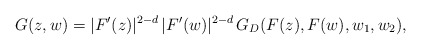
\begin{align*} G(z,w) = |F'(z)|^{2-d} \, |F'(w)|^{2-d} \, G_D(F(z),F(w),w_1,w_2), \end{align*}